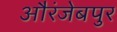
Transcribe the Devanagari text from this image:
औरंजेबपुर